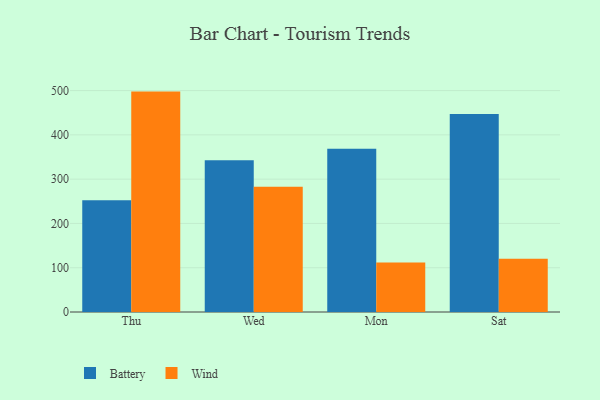
{"axis": {"x": "Day", "y": "Active Users"}, "legend": ["Battery", "Wind"], "data": [{"x": "Thu", "y": 252.1, "type": "Battery"}, {"x": "Thu", "y": 497.7, "type": "Wind"}, {"x": "Wed", "y": 342.5, "type": "Battery"}, {"x": "Wed", "y": 282.8, "type": "Wind"}, {"x": "Mon", "y": 368.5, "type": "Battery"}, {"x": "Mon", "y": 111.7, "type": "Wind"}, {"x": "Sat", "y": 447.0, "type": "Battery"}, {"x": "Sat", "y": 120.2, "type": "Wind"}]}